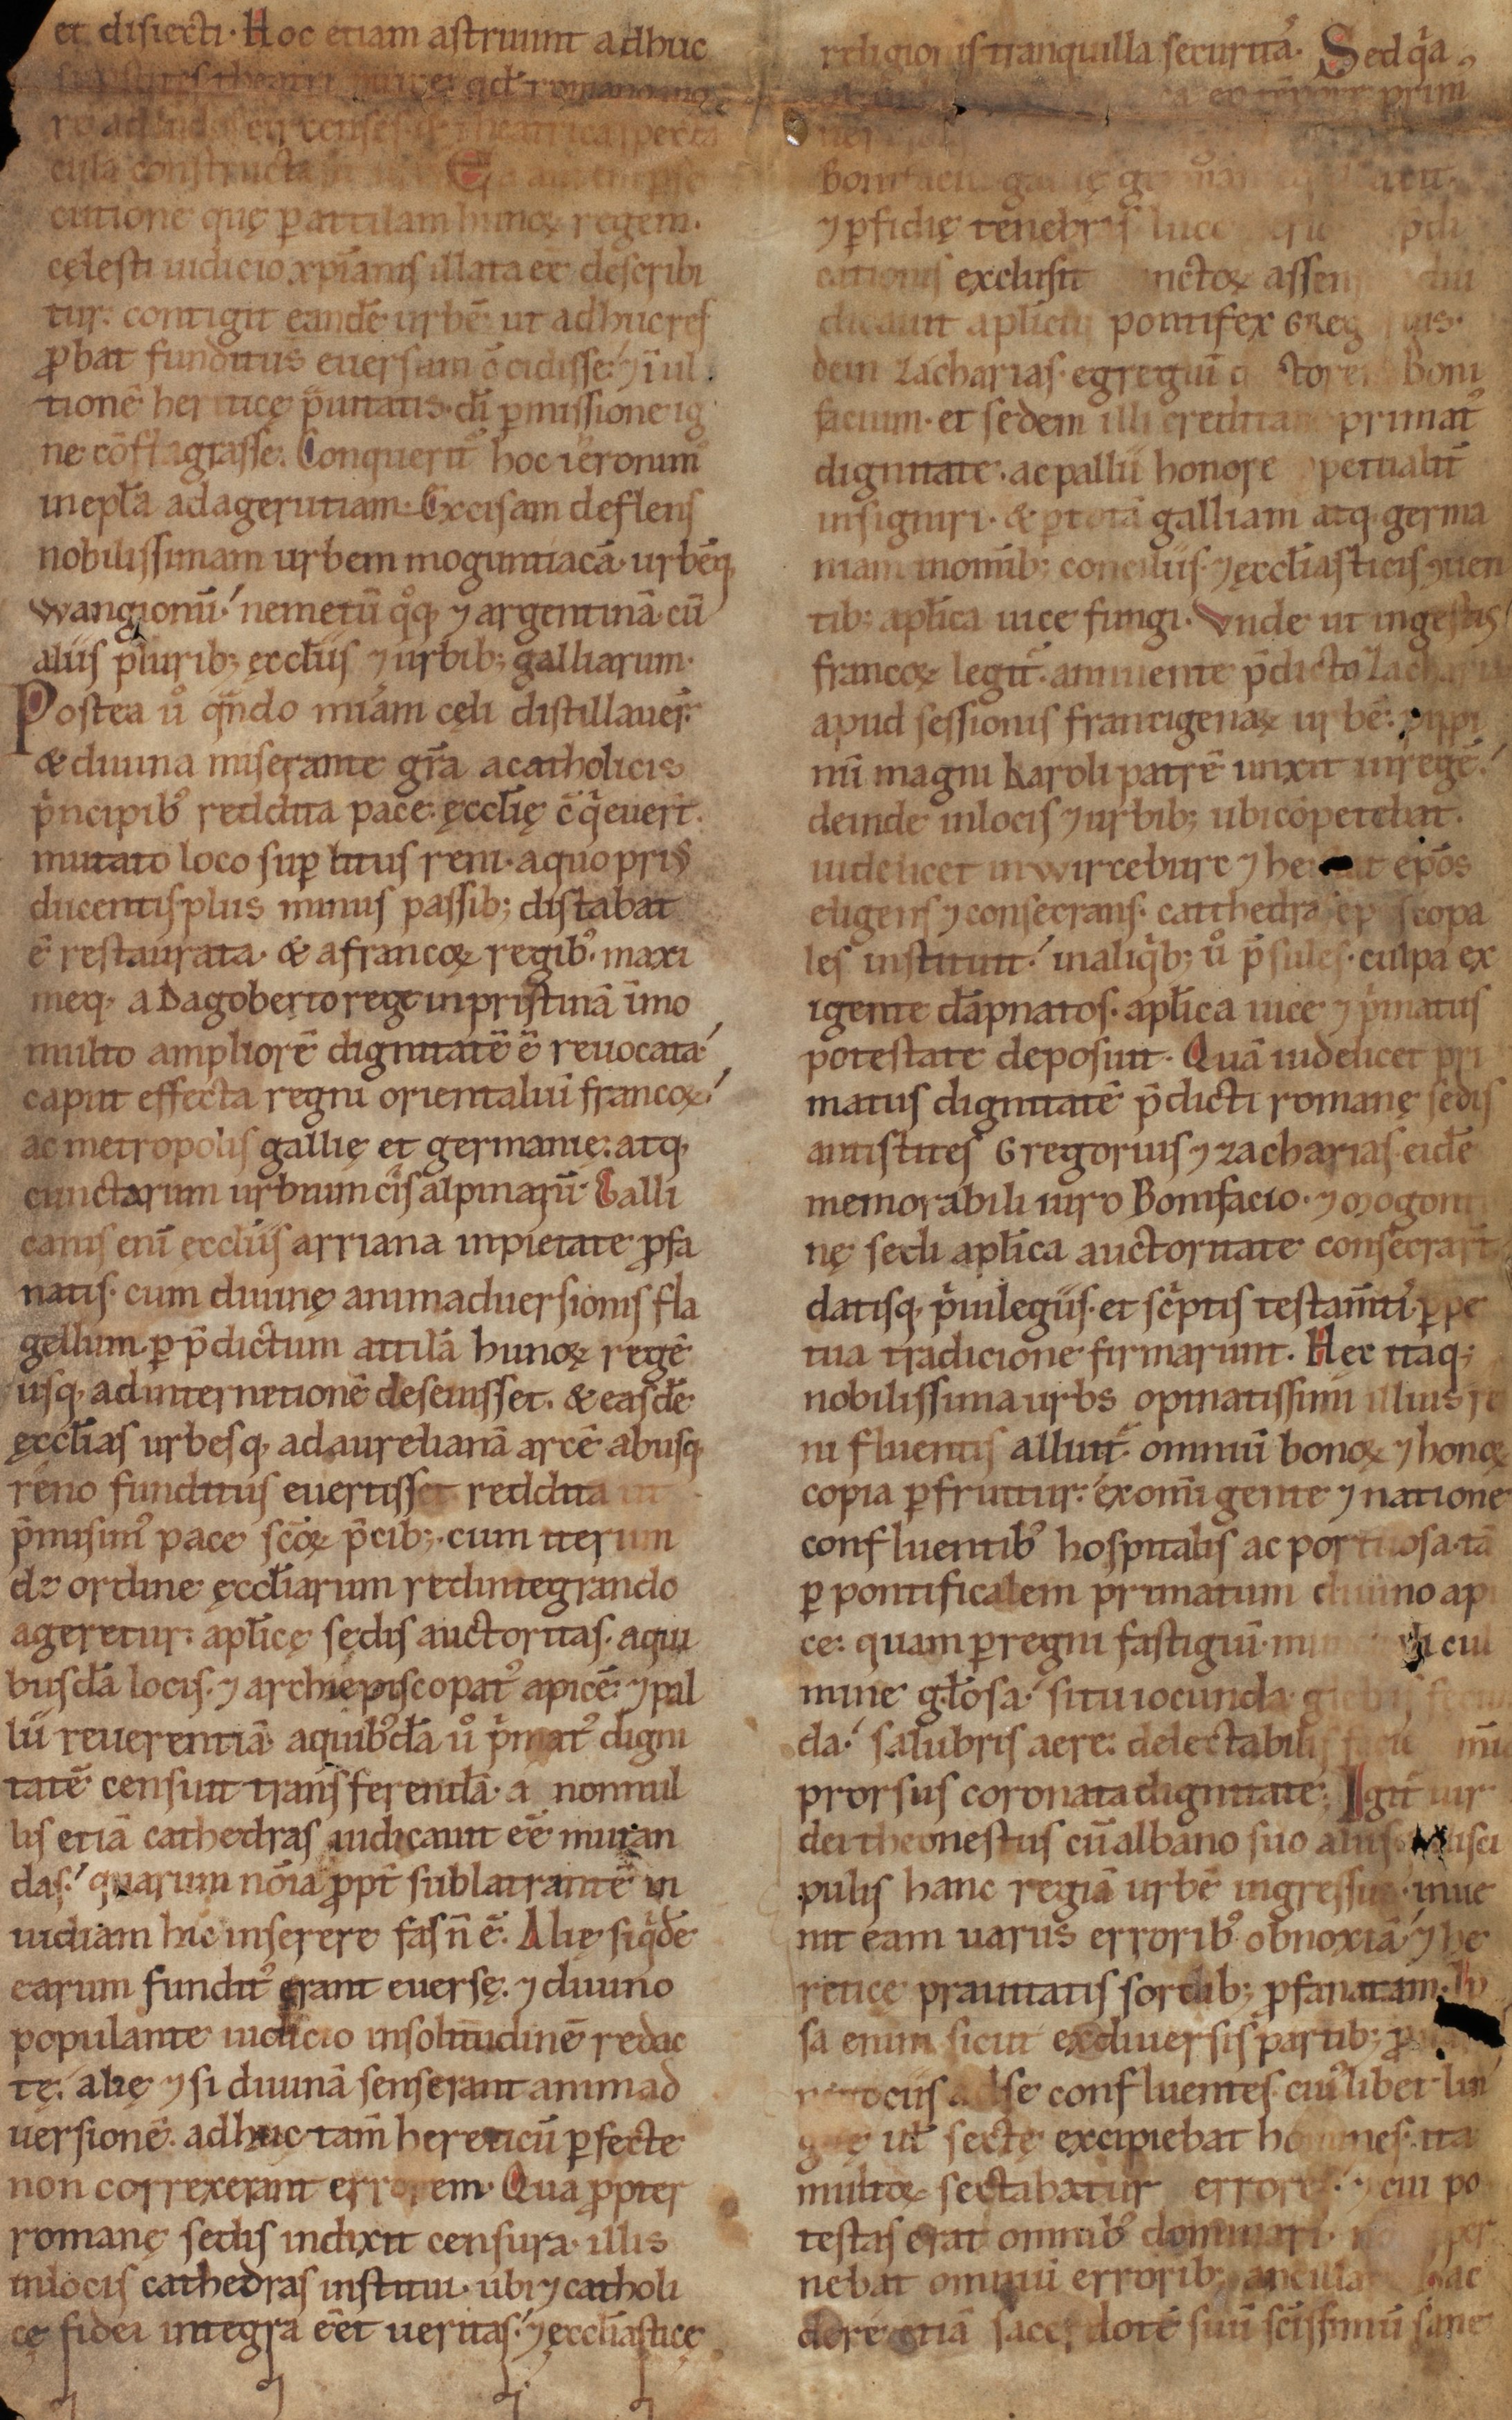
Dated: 1140–1170